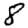
Digit: 8